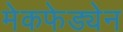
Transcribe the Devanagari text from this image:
मेकफेड्येन